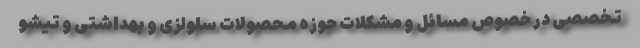
تخصصی در خصوص مسائل و مشکلات حوزه محصولات سلولزی و بهداشتی و تیشو